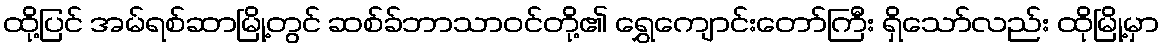
ထို့ပြင် အမ်ရစ်ဆာမြို့တွင် ဆစ်ခ်ဘာသာဝင်တို့၏ ရွှေကျောင်းတော်ကြီး ရှိသော်လည်း ထိုမြို့မှာ